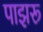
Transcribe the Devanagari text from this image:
पाझरू